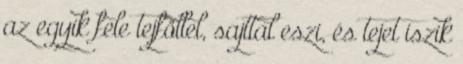
az egyik fele tejföllel, sajttal eszi, és tejet iszik